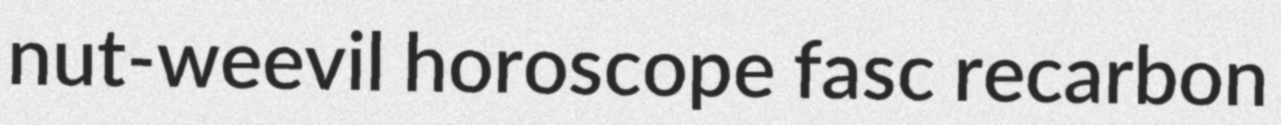
nut-weevil horoscope fasc recarbon